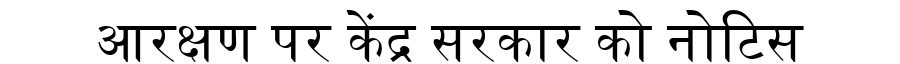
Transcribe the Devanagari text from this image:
आरक्षण पर केंद्र सरकार को नोटिस